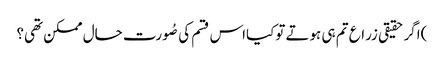
)اگر حقیقی زراع تم ہی ہوتے توکیااس قسم کی صُورت حال ممکن تھی؟